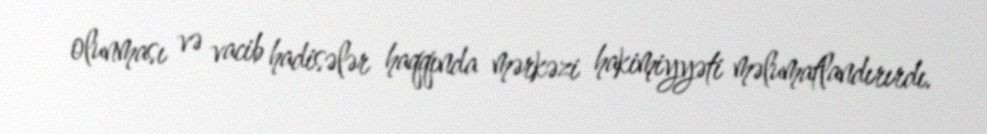
olunması və vacib hadisələr haqqında mərkəzi hakimiyyəti məlumatlandırırdı.